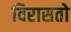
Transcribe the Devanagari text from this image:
विरासतो